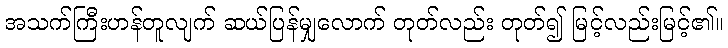
အသက်ကြီးဟန်တူလျက် ဆယ်ပြန်မျှလောက် တုတ်လည်း တုတ်၍ မြင့်လည်းမြင့်၏။